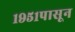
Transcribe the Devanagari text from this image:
१९५१पासून